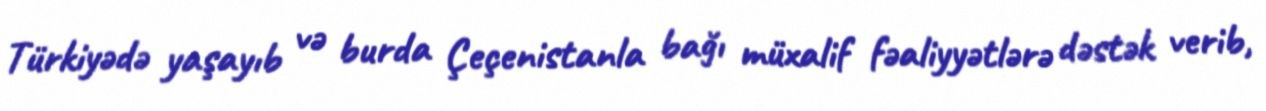
Türkiyədə yaşayıb və burda Çeçenistanla bağı müxalif fəaliyyətlərə dəstək verib,